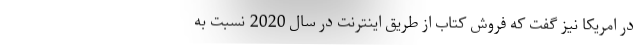
در امریکا نیز گفت که فروش کتاب از طریق اینترنت در سال 2020 نسبت به